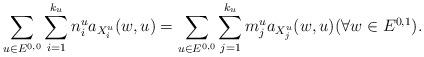
LaTeX: \begin{align*} \sum_{u\in E^{0,0}} \sum _{i=1}^{k_u} n_i^u a_{X_i^u} (w,u) = \sum_{u\in E^{0,0}} \sum _{j=1}^{k_u} m_j^u a_{X_j^u} (w,u) (\forall w\in E^{0,1}) .\end{align*}